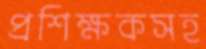
প্রশিক্ষকসহ